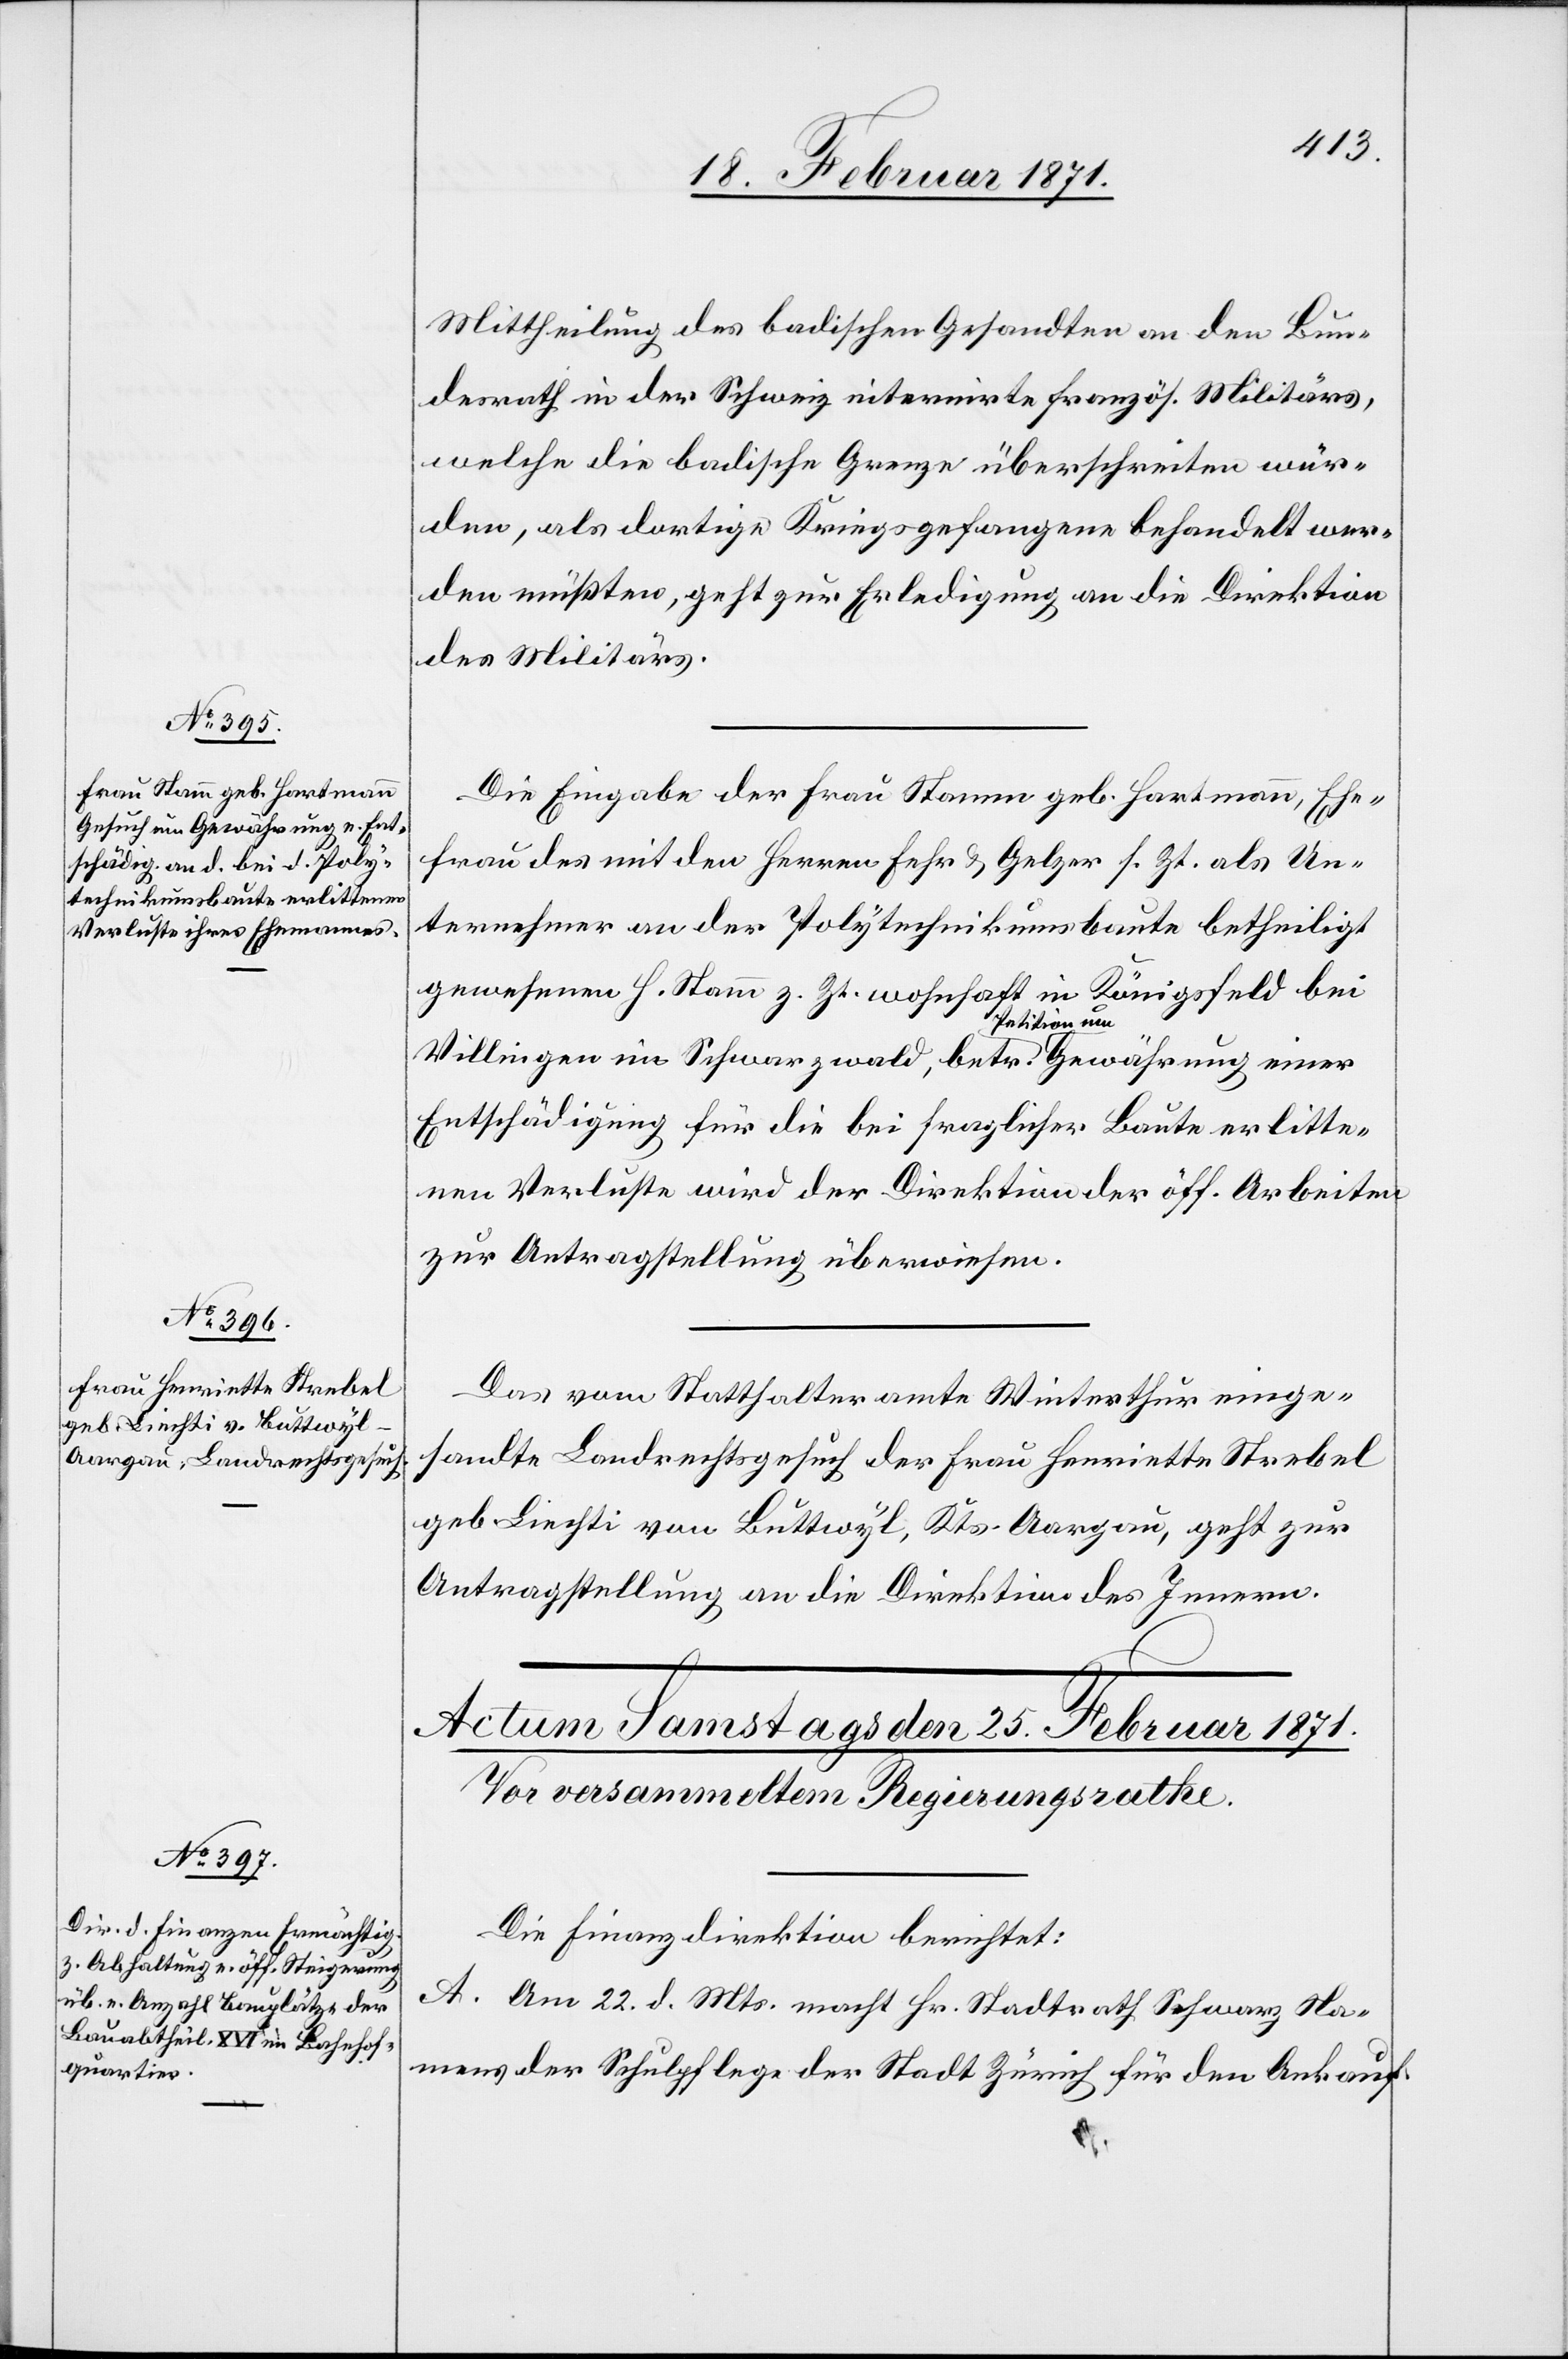
24. Februar 1871.]
Mittheilung des badischen Gesandten an den Bun¬
desrath in der Schweiz internirte französ. Militärs,
welche die badische Grenze überschreiten wür¬
den, als dortige Kriegsgefangene behandelt wer¬
den müßten, geht zur Erledigung an die Direktion
des Militärs.
Die Eingabe der Frau Stamm geb. Hartmann, Ehe¬
frau des mit den Herren Fehr u. Gelzer s. Zt. als Un¬
ternehmer an der Polytechnikumsbaute betheiligt
gewesenen H. Stamm z. Zt. wohnhaft in Königsfeld bei
Villigen im Schwarzwald, betr. Petition um Gewährung einer
Entschädigung für die bei fraglicher Baute erlitte¬
nen Verluste wird der Direktion der öff. Arbeiten
zur Antragstellung überwiesen.
Das vom Statthalteramte Winterthur einge¬
sandte Landrechtsgesuch der Frau Henriette Strebel
geb. Liechti von Buttwyl, Kts-Aargau, geht zur
Antragstellung an die Direktion des Innern.